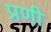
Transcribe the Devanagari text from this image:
प्रणी